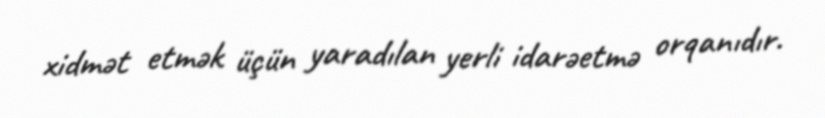
xidmət etmək üçün yaradılan yerli idarəetmə orqanıdır.